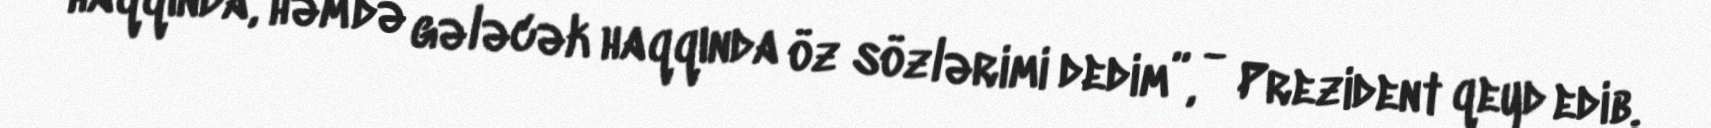
haqqında, həm də gələcək haqqında öz sözlərimi dedim”, - Prezident qeyd edib.